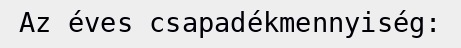
Az éves csapadékmennyiség: